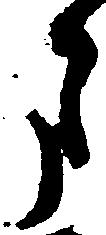
月